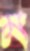
ম